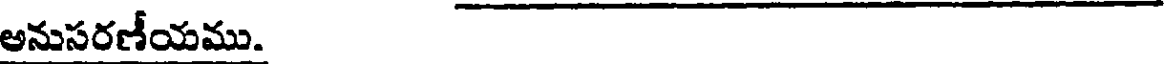
అనుసరణీయము.